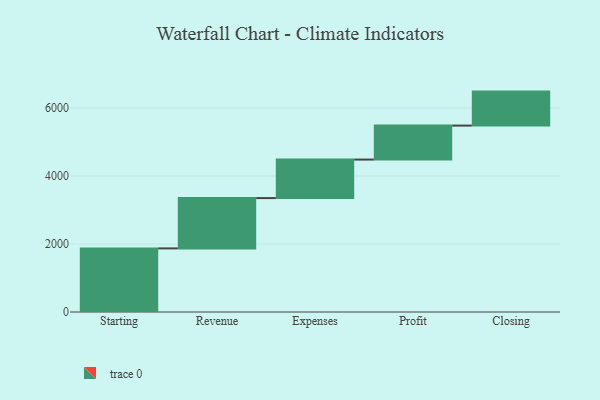
{"axis": {"x": "Step", "y": "Value"}, "legend": [""], "data": [{"x": "Starting", "y": 1871.0, "type": ""}, {"x": "Revenue", "y": 1480.0, "type": ""}, {"x": "Expenses", "y": 1133.0, "type": ""}, {"x": "Profit", "y": 1000, "type": ""}, {"x": "Closing", "y": 1000, "type": ""}]}